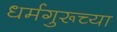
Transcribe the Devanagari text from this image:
धर्मगुरूच्या